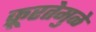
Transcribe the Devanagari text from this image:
क्रूरतेमुळे